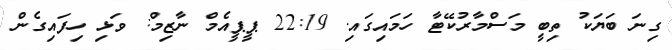
ގިނަ ބަޔަކު ތިބީ މަސްމާރުކޭޓާ ހަމައިގައި. 22:19 ޕީޕީއެމް ނާޒިމް: ވަޅި ހިފައިގެން